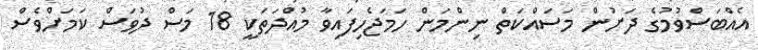
އެއްބަސްވުމުގެ ދަށުން މަސައްކަތް ނިންމަން ހަމަޖެހިފައިވާ މުއްދަތަކީ 18 މަސް ދުވަސް ކަމަށްވެސް